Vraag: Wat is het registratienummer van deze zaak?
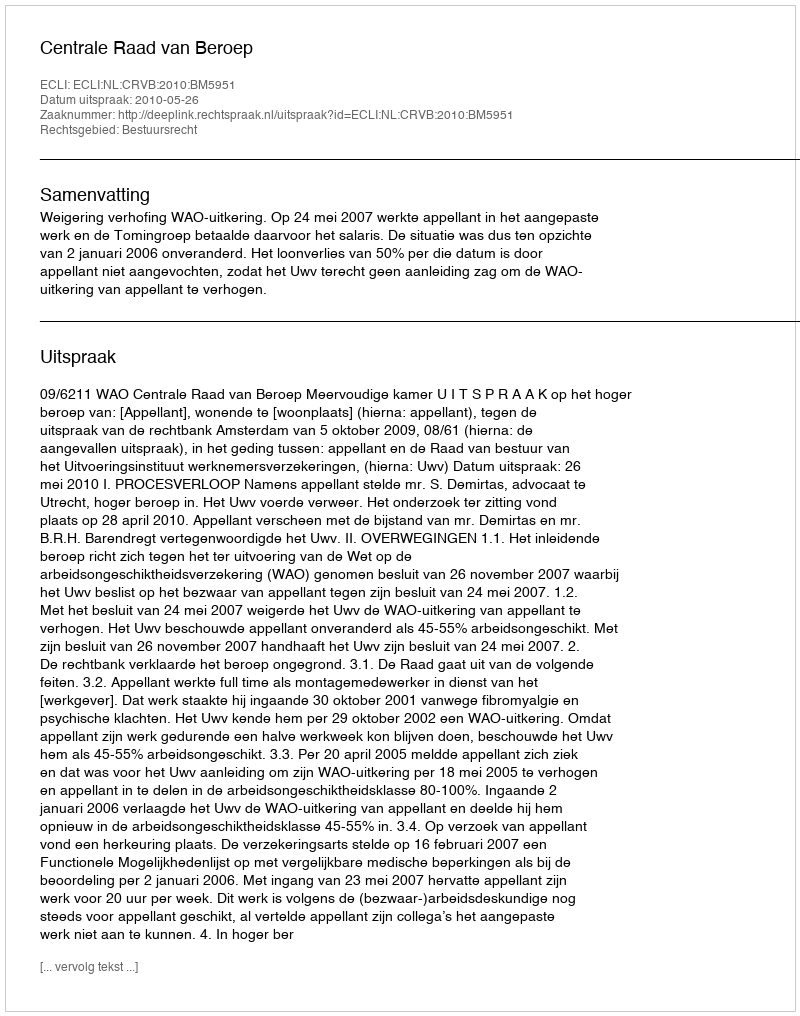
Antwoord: http://deeplink.rechtspraak.nl/uitspraak?id=ECLI:NL:CRVB:2010:BM5951